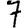
Digit: 7